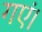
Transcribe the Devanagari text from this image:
गएं।